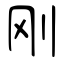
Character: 刚